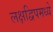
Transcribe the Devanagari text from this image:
लक्षद्विपमध्ये